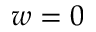
w = 0